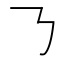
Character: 𠄎